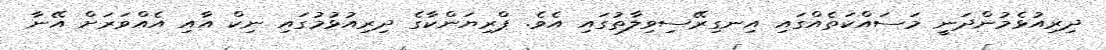
ދިރިއުޅެމުންދަނީ މަސައްކަތެއްގައި އިނގިރޭސިވިލާތުގައި އެވެ. ޕްރިޔަންކާގެ ދިރިއުޅުމުގައި ނިކް އާއި އެއްވަރަށް އޭނާ